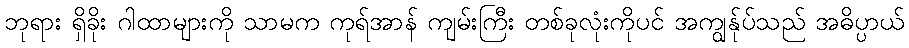
ဘုရား ရှိခိုး ဂါထာများကို သာမက ကုရ်အာန် ကျမ်းကြီး တစ်ခုလုံးကိုပင် အကျွန်ုပ်သည် အဓိပ္ပာယ်